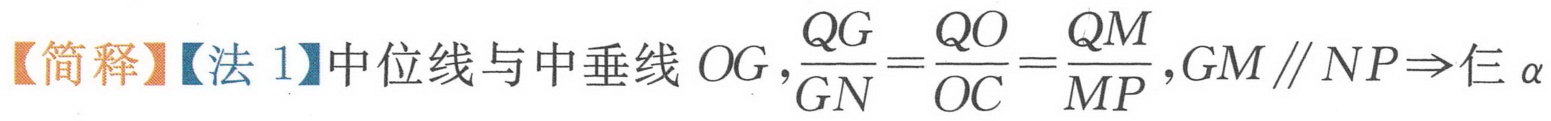
【简释】【法1】中位线与中垂线\(OG\)，\(\frac{QG}{GN}=\frac{QO}{OC}=\frac{QM}{MP}\)，\(GM\parallel NP\Rightarrow\)仨\(\alpha\)